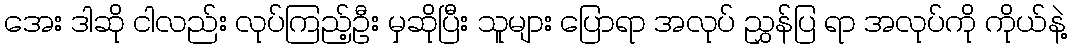
အေး ဒါဆို ငါလည်း လုပ်ကြည့်ဦး မှဆိုပြီး သူများ ပြောရာ အလုပ် ညွှန်ပြ ရာ အလုပ်ကို ကိုယ်နဲ့